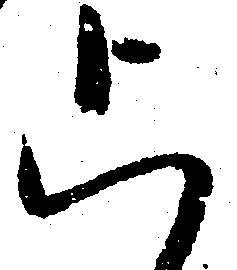
上